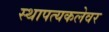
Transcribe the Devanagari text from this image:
स्थापत्यकलेवर